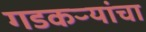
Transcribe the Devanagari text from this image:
गडकऱ्यांचा